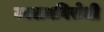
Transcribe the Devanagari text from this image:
ज्वलनविरोधी